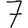
Digit: 7